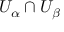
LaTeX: U _ { \alpha } \cap U _ { \beta }